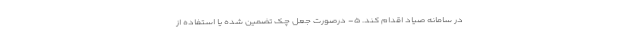
در سامانه صیاد اقدام کند. ۵- درصورت جعل چک تضمین شده یا استفاده از